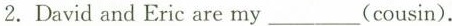
2.David and Eric are my ___(cousin).